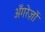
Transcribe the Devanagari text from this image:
अँगरेज़ों